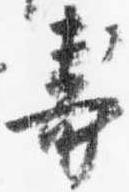
寿